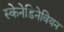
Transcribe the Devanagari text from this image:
स्केनेडिनेवियन